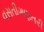
વસતીગણતરી